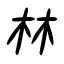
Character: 林